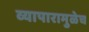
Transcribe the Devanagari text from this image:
व्यापारामुळेच